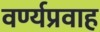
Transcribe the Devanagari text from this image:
वर्ण्यप्रवाह